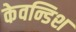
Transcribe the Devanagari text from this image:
केवन्डिश